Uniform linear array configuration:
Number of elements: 64
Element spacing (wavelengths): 0.25
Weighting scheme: uniform
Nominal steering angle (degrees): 15
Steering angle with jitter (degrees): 16.817
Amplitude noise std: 0.05
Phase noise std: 0.05

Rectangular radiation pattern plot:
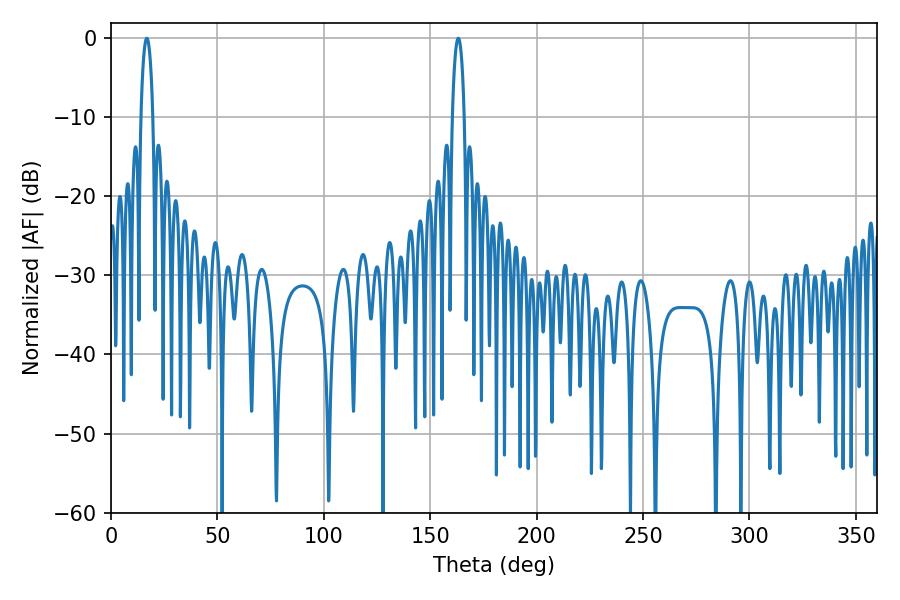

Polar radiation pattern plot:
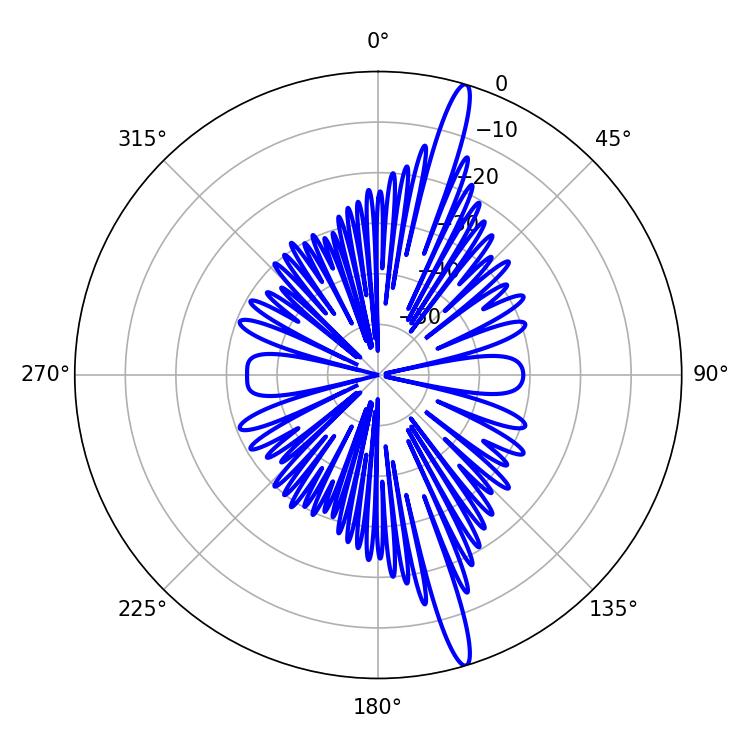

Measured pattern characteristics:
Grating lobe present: FALSE
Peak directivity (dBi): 17.254
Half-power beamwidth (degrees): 3.06
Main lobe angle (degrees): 163.26